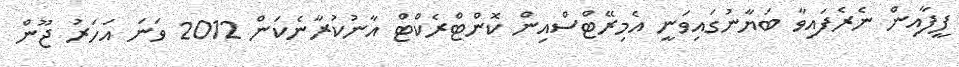
ފީފާއިން ނެރެފައިވާ ބަޔާނުގައިވަނީ އެމިރޭޓްސްއިން ކޮންޓްރެކްޓް އާނުކުރާނެކަން 2012 ވަނަ އަހަރު ޖޫން